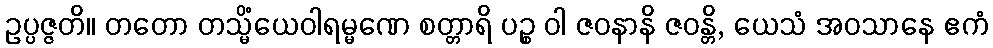
ဥပ္ပဇ္ဇတိ။ တတော တသ္မိံယေဝါရမ္မဏေ စတ္တာရိ ပဉ္စ ဝါ ဇဝနာနိ ဇဝန္တိ, ယေသံ အဝသာနေ ဧကံ